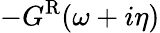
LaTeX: -G^{\mathrm{R}}(\omega+i\eta)